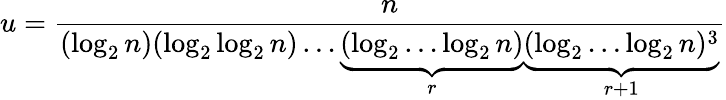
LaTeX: u={\frac{n}{(\log_{2}n)(\log_{2}\log_{2}n)\dots\underbrace{(\log_{2}\dots\log_{2}n)}_{r}\underbrace{(\log_{2}\dots\log_{2}n)^{3}}_{r+1}}}